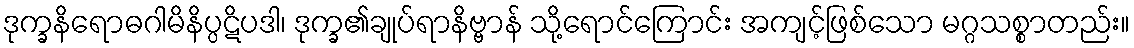
ဒုက္ခနိရောဓဂါမိနိပ္ပဋိပဒါ၊ ဒုက္ခ၏ချုပ်ရာနိဗ္ဗာန် သို့ရောင်ကြောင်း အကျင့်ဖြစ်သော မဂ္ဂသစ္စာတည်း။